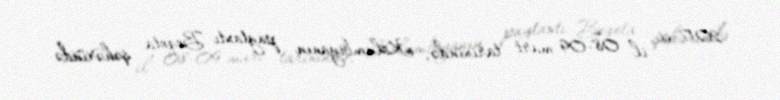
2017-ci il 08-09 mart tarixində, Kolumbiyanın paytaxtı Boqota şəhərində